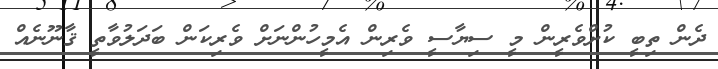
ދެން ތިބީ ކުށްވެރީން މީ ސިޔާސީ ވެރިން އެމީހުންނަށް ވެރިކަން ބަދަލުވާތީ ޤާނޫނެއް